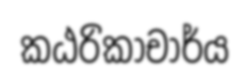
කඨරිකාචාර්ය